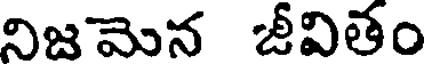
నిజమెన జీవితం